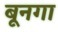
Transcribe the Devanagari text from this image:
बूनगा